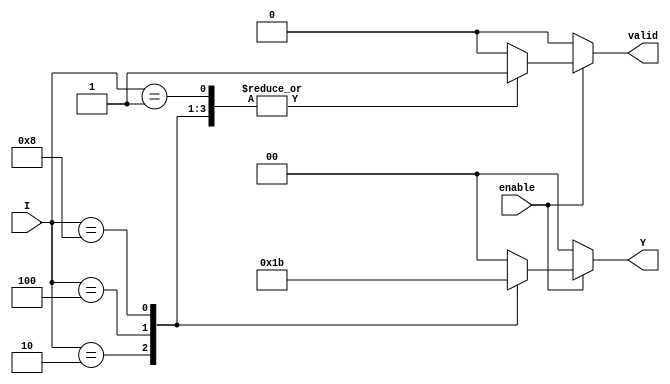
module binary_encoder (
    input wire [3:0] I,     // 4 input lines
    input wire enable,      // Enable signal
    output reg [1:0] Y,     // 2-bit output
    output reg valid        // Validity of the output
);

    always @(*) begin
        if (enable) begin
            case (I)
                4'b0001: begin 
                    Y = 2'b00; 
                    valid = 1; 
                end
                4'b0010: begin 
                    Y = 2'b01; 
                    valid = 1; 
                end
                4'b0100: begin 
                    Y = 2'b10; 
                    valid = 1; 
                end
                4'b1000: begin 
                    Y = 2'b11; 
                    valid = 1; 
                end
                default: begin 
                    Y = 2'b00; // Default output for invalid state
                    valid = 0; // No valid input active
                end
            endcase
        end else begin
            Y = 2'b00; // Output is zero when not enabled
            valid = 0; // No valid input active
        end
    end

endmodule